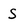
Character: s